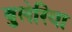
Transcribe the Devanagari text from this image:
बुलेरिया